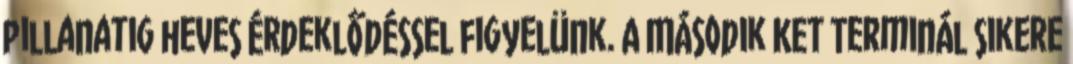
pillanatig heves érdeklődéssel figyelünk. A Második KET Terminál sikere